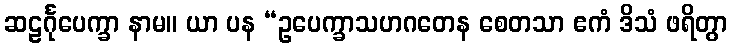
ဆဠင်္ဂုပေက္ခာ နာမ။ ယာ ပန “ဥပေက္ခာသဟဂတေန စေတသာ ဧကံ ဒိသံ ဖရိတွာ